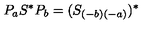
P _ { a } S ^ { \ast } P _ { b } = ( S _ { ( - b ) ( - a ) } ) ^ { \ast }